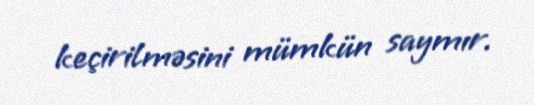
keçirilməsini mümkün saymır.